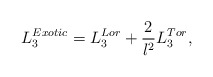
\begin{align*}L_{3}^{Exotic}=L_{3}^{Lor}+\frac{2}{l^{2}}L_{3}^{Tor}, \end{align*}